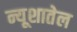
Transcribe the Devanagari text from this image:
न्यूशातेल